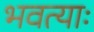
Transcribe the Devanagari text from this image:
भवत्याः